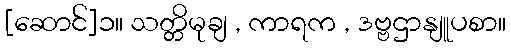
[ဆောင်]၁။ သတ္တိမုချ , ကာရက , ဒဗ္ဗဌာနျူပစာ။